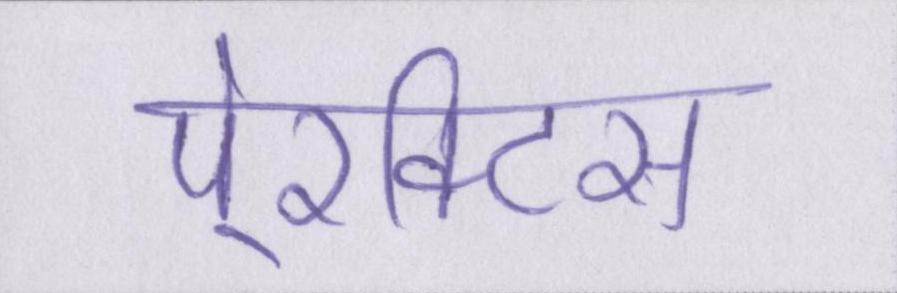
पे्रक्टिस